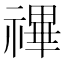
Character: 𥛘